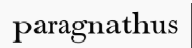
paragnathus